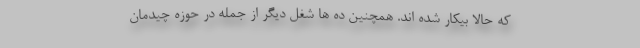
که حالا بیکار شده اند. همچنین ده ها شغل دیگر از جمله در حوزه چیدمان